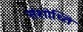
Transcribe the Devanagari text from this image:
संशोध्ति